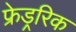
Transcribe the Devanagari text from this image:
फ्रेड्ररिक